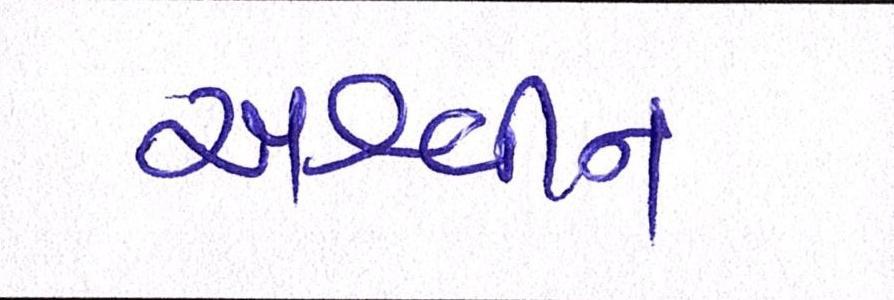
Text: અશ્વીન